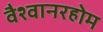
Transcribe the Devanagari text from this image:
वैश्वानरहोम